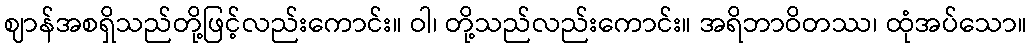
ဈာန်အစရှိသည်တို့ဖြင့်လည်းကောင်း။ ဝါ၊ တို့သည်လည်းကောင်း။ အရိဘာဝိတဿ၊ ထုံအပ်သော။